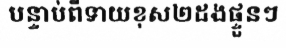
បន្ទាប់ពីទាយខុស២ដងផ្ទួនៗ